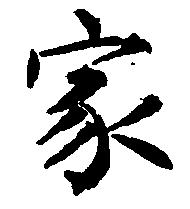
家